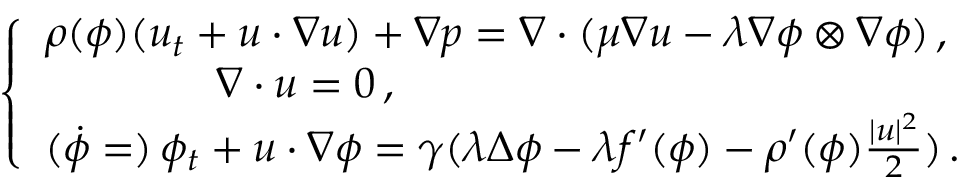
\left\{ \begin{array} { l } { \rho ( \phi ) ( u _ { t } + u \cdot \nabla u ) + \nabla p = \nabla \cdot ( \mu \nabla u - \lambda \nabla \phi \otimes \nabla \phi ) \, , } \\ { \qquad \qquad \nabla \cdot u = 0 \, , } \\ { ( \dot { \phi } = ) \, \phi _ { t } + u \cdot \nabla \phi = \gamma ( \lambda \Delta \phi - \lambda f ^ { \prime } ( \phi ) - \rho ^ { \prime } ( \phi ) \frac { \mid u \mid ^ { 2 } } { 2 } ) \, . } \end{array} \right.